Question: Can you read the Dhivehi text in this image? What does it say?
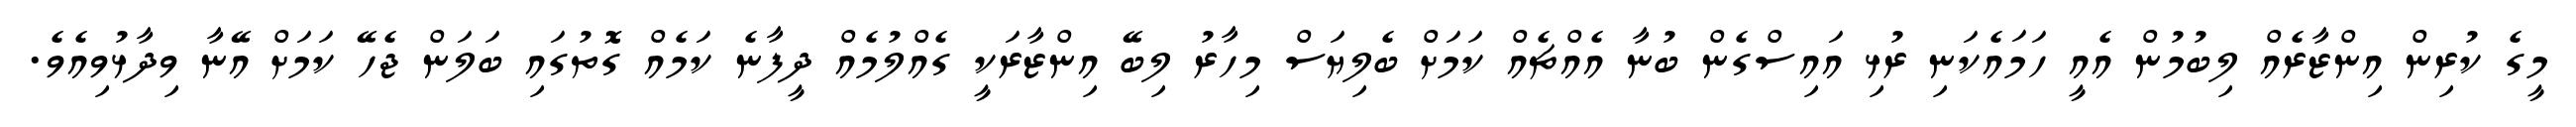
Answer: މީގެ ކުރިން އިންޒާރެއް ލިބުމުން އެއީ ހަމައެކަނި ރުޅި އައިސްގެން ބުނާ އެއްޗެއް ކަމަށް ބެލިޔަސް މިހާރު ލިބޭ އިންޒާރަކީ ގެއްލުމެއް ދީފާނެ ކަމެއް ގޮތުގައި ބަލަން ޖެހޭ ކަމަށް އޭނާ ވިދާޅުވިއެވެ.